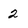
Character: 2